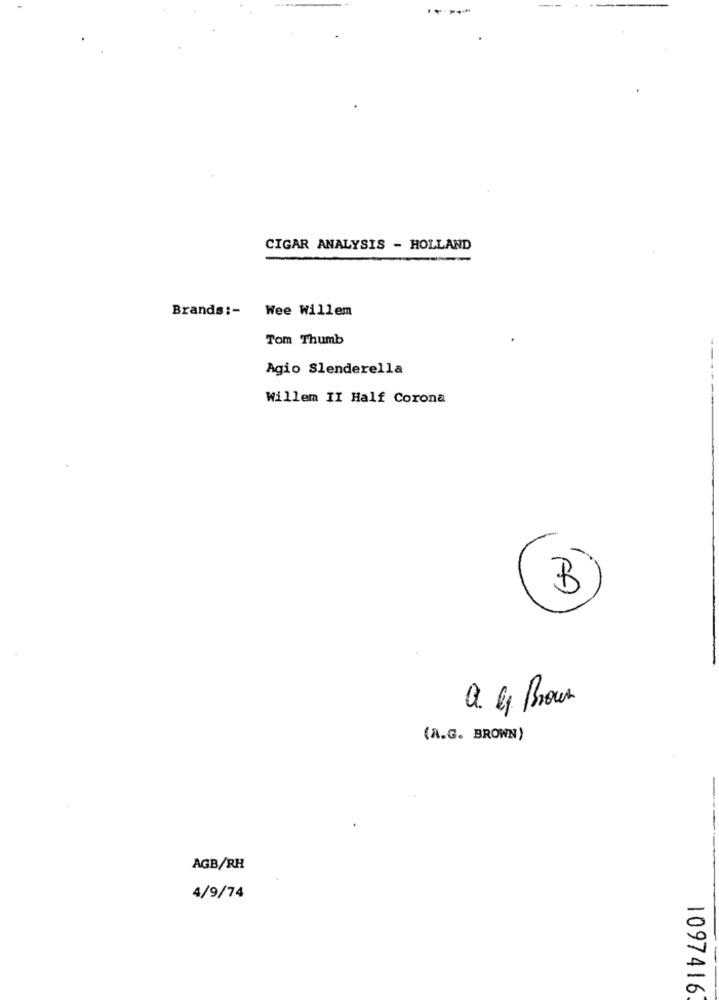
CIGAR ANALYSIS - HOLLAND
Brands :-
Wee Willem
Tom Thumb
-
Agio Slenderella
Willem II Half Corona
B
Q. G. Bour
(A.G. BROWN)
AGB/RH
4/9/74
1097416